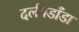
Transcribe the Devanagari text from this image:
दर्लमडाँडा